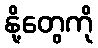
နို့တွေကို